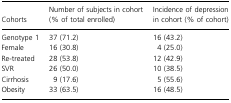
| Cohorts | Number of subjects in cohort (% of total enrolled) | Incidence of depression in cohort (% of cohort) |
 | --- | --- | --- |
 | Genotype 1 | 37 (71.2) | 16 (43.2) |
 | Female | 16 (30.8) | 4 (25.0) |
 | Re-treated | 28 (53.8) | 12 (42.9) |
 | SVR | 26 (50.0) | 10 (38.5) |
 | Cirrhosis | 9 (17.6) | 5 (55.6) |
 | Obesity | 33 (63.5) | 16 (48.5) |